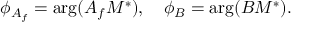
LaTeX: \phi _ { A _ { f } } = \mathrm { a r g } ( A _ { f } M ^ { \ast } ) , \quad \phi _ { B } = \mathrm { a r g } ( B M ^ { \ast } ) .